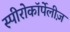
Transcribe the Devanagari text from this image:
स्पीरोकॉर्पेलीज़